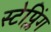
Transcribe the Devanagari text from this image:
स्टेप्लिंग